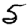
Digit: 5